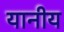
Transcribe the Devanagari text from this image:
यानीय